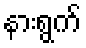
နားရွက်